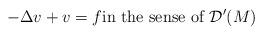
LaTeX: \begin{align*} -\Delta v + v = f \textrm{in the sense of } \mathcal{D}^\prime(M) \end{align*}